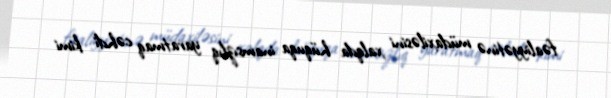
fəaliyyətinə müdaxiləsini xalqda hüquqa inamsızlıq yaratmaq cəhdi kimi